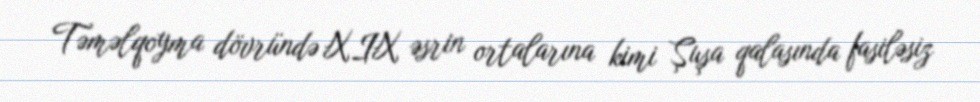
Təməlqoyma dövründə XIX əsrin ortalarına kimi Şuşa qalasında fasiləsiz